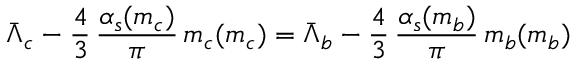
\bar { \Lambda } _ { c } - \frac { 4 } { 3 } \, \frac { \alpha _ { s } ( m _ { c } ) } { \pi } \, m _ { c } ( m _ { c } ) = \bar { \Lambda } _ { b } - \frac { 4 } { 3 } \, \frac { \alpha _ { s } ( m _ { b } ) } { \pi } \, m _ { b } ( m _ { b } )